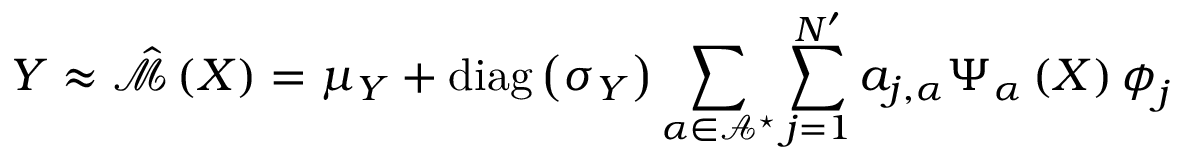
\boldsymbol { Y } \approx \hat { \mathcal { M } } \left( \boldsymbol { X } \right) = \boldsymbol { \mu _ { \boldsymbol { Y } } } + \operatorname { d i a g } \left( \boldsymbol { \sigma _ { \boldsymbol { Y } } } \right) \sum _ { \boldsymbol { \alpha } \in \mathcal { A } ^ { \star } } \sum _ { j = 1 } ^ { N ^ { \prime } } a _ { j , \boldsymbol { \alpha } } \Psi _ { \boldsymbol { \alpha } } \left( \boldsymbol { X } \right) \boldsymbol { \phi } _ { j }